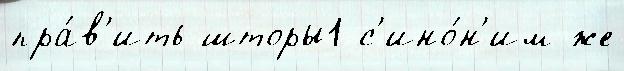
пра́в'ить шторы1 с'ино́н'им же